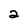
Character: 2